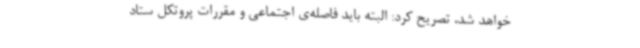
خواهد شد، تصریح کرد: البته باید فاصله‌ی اجتماعی و مقررات پروتکل ستاد